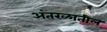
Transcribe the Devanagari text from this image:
अंतरळातील